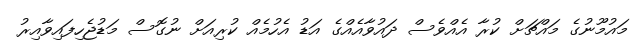
މައުމޫނުގެ މައްޗަށް ކުރާ އެއްވެސް ދައުވާއެއްގެ އަޑު އެހުމެއް ކުރިއަށް ނުގޮސް މަޑުޖެހިފައިވާއިރު